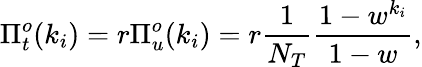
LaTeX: \Pi_{t}^{o}(k_{i})=r\Pi_{u}^{o}(k_{i})=r\frac{1}{N_{T}}\frac{1-w^{k_{i}}}{1-w},